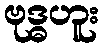
ဗုဒ္ဓဟူး